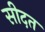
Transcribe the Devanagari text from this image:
सीदत